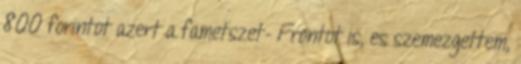
800 forintot azert a fametszet- Frontot is, es szemezgettem,